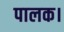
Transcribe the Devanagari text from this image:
पालक।